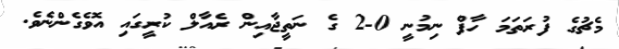
މެޗުގެ ފުރަތަމަ ހާފް ނިމުނީ 0-2 ގެ ނަތީޖާއިން ރެއާލް ކުރީގައި އޮވެގެންނެވެ.